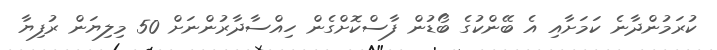
ކުރަމުންދާނެ ކަމަށާއި އެ ބޭންކުގެ ބޯޑުން ފާސްކޮށްގެން ހިއްސާދާރުންނަށް 50 މިލިޔަން ރުފިޔާ